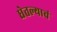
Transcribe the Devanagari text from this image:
घेतल्याचं